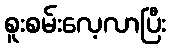
စူးစမ်းလေ့လာပြီး